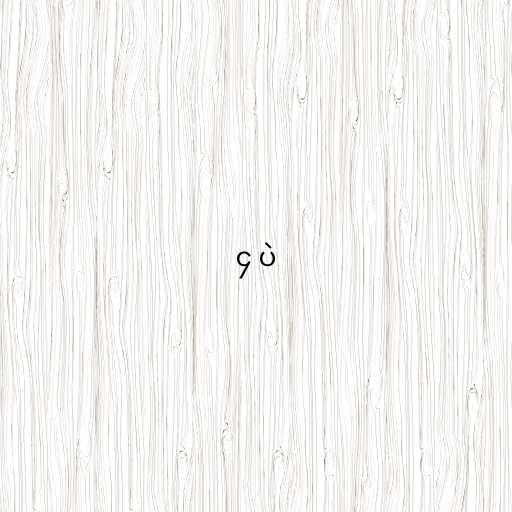
၄ ပဲ